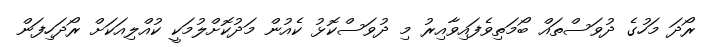
ރޯދަ މަހުގެ ދުވަސްތައް ބޯމަތިވެފައިވާއިރު މި ދުވަސްކޮޅު ކެއުން މަދުކޮށްލުމަކީ ކުއްލިއަކަށް ރޯދަހިފަން